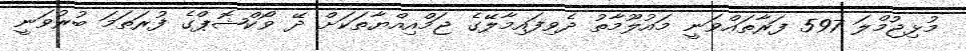
މުޅިޖުމްލަ 597 ފަރާތައްވަނީ މައުލޫމާތު ދެވިފައިމާލޭގެ ޖަމްއިއްޔާތަކަށް ދޭ ވޯކްޝޮޕްގެ ފުރަތަމަ ބުރުވަނީ